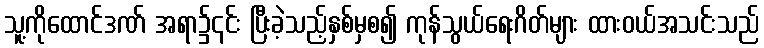
သူ့ကိုထောင်ဒဏ် အရာ၌၎င်း ပြီးခဲ့သည့်နှစ်မှစ၍ ကုန်သွယ်ရေးဂိတ်များ ထားဝယ်အသင်းသည်